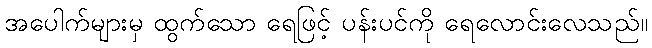
အပေါက်များမှ ထွက်သော ရေဖြင့် ပန်းပင်ကို ရေလောင်းလေသည်။